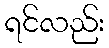
ရင်လည်း